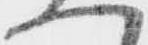
一